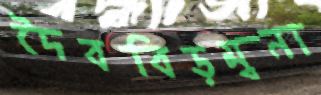
দৈববিড়ম্বনা